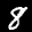
Label: 8